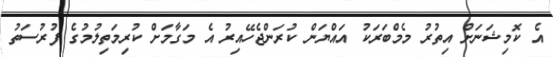
އެ ކޮމިޝަނަށް އިތުރު މެމްބަރަކު އައްޔަން ކުރަންޖެހޭއިރު އެ މަގާމަށް ކުރިމަތިލުމުގެ ފުރުސަތު